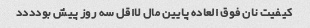
کیفیت نان فوق العاده پایین مال لااقل سه روز پیش بودددد